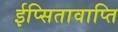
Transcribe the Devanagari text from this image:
ईप्सितावाप्ति